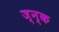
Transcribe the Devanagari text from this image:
ज्न्क